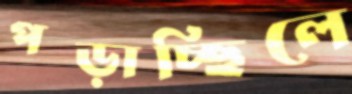
পড়াচ্ছিলে